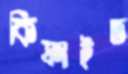
কিফাইত